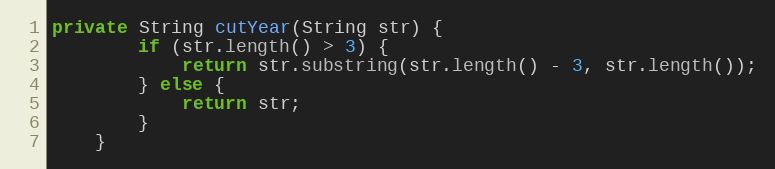
Language: Java
private String cutYear(String str) {
        if (str.length() > 3) {
            return str.substring(str.length() - 3, str.length());
        } else {
            return str;
        }
    }